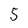
Character: 5